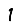
Digit: 1